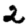
Digit: 2